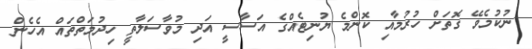
ނުކުމެވޭ ގޮތަށް ހުރުމާއި ކޮންމެ ޔުނިޓެއްގެ އަސާސީ އަދި މުވާސަލާތީ ހިދުމަތްތައް އެހެން